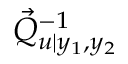
\vec { Q } _ { u \vert y _ { 1 } , y _ { 2 } } ^ { - 1 }